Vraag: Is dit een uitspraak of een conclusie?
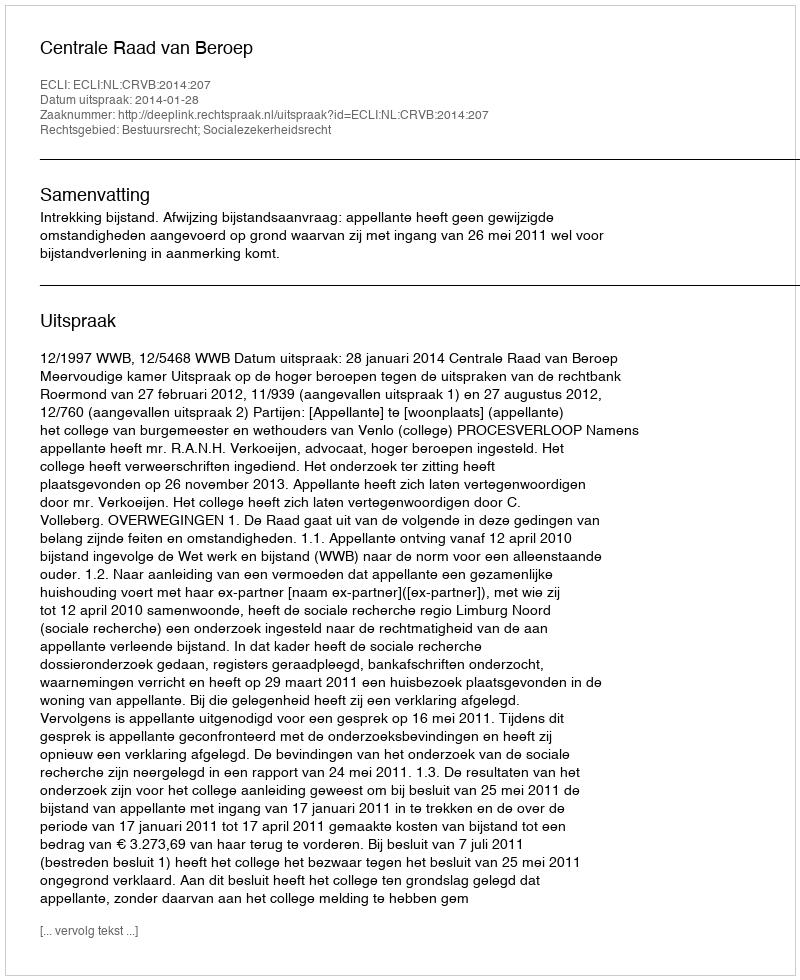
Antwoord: Uitspraak